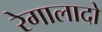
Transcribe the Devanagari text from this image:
रेगालादो